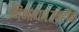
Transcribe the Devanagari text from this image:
निभाया।उन्होंने